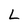
Character: L